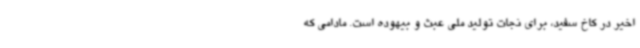
اخیر در کاخ سفید، برای نجات تولید ملی عبث و بیهوده است. مادامی که